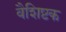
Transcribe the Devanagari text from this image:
वैशिष्टक